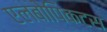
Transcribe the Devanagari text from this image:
एलबोपिकटस